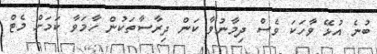
ބުނެ އުޅޭ ވާހަކަ ވެސް ދިމާނުވާ ކަން ދިރާސާތަކުން ހާމަވާ ކަމަށް މެޓް